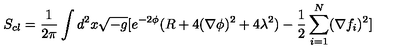
S _ { c l } = \frac { 1 } { 2 \pi } \int d ^ { 2 } x \sqrt { - g } [ e ^ { - 2 \phi } ( R + 4 ( \nabla \phi ) ^ { 2 } + 4 \lambda ^ { 2 } ) - \frac { 1 } { 2 } \sum _ { i = 1 } ^ { N } ( \nabla f _ { i } ) ^ { 2 } ]